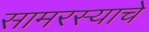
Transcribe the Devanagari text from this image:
सामरस्याचे